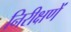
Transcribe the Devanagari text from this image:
निरीक्षणें